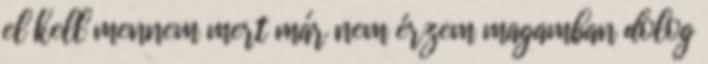
el kell mennem mert már nem érzem magamban dolog